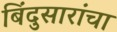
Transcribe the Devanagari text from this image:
बिंदुसारांचा